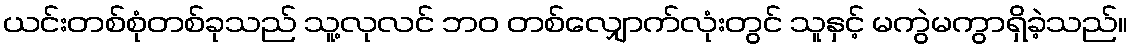
ယင်းတစ်စုံတစ်ခုသည် သူ့လုလင် ဘဝ တစ်လျှောက်လုံးတွင် သူနှင့် မကွဲမကွာရှိခဲ့သည်။